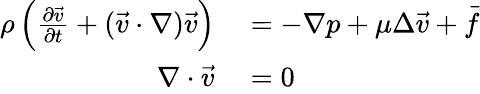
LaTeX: \begin{array}{rl}{\rho\left(\frac{\partial\vec{v}}{\partial t}+(\vec{v}\cdot\nabla)\vec{v}\right)}&{{}=-\nabla p+\mu\Delta\vec{v}+\vec{f}}\\ {\nabla\cdot\vec{v}}&{{}=0}\end{array}